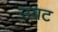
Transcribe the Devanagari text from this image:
उबट